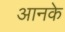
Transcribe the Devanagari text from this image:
आनके